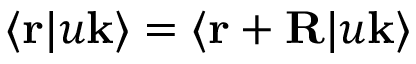
\langle \mathbf { r } | u \mathbf { k } \rangle = \langle \mathbf { r + R } | u \mathbf { k } \rangle